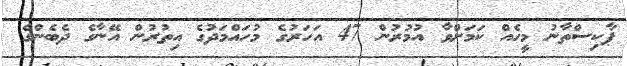
ޕާކިސްތާނު މީހެއް ކަމަށްވާ އުމުރުން 47 އަހަރުގެ މުހައްމަދުގެ އިތުރުން އޭނާގެ ދެބެންގެ